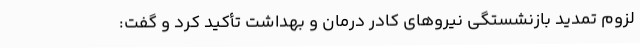
لزوم تمدید بازنشستگی نیروهای کادر درمان و بهداشت تأکید کرد و گفت: